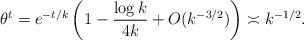
LaTeX: \begin{align*}\theta^t=e^{-t/k}\left( 1-\frac{\log k}{4k}+O(k^{-3/2})\right)\asymp k^{-1/2}.\end{align*}